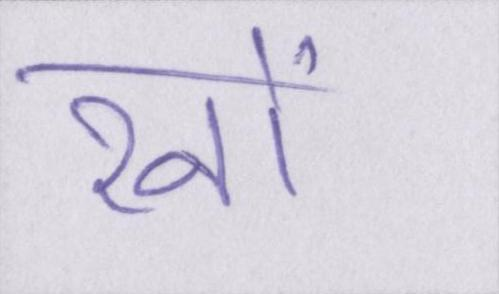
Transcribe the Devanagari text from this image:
रनों